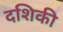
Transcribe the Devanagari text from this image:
दशिकी